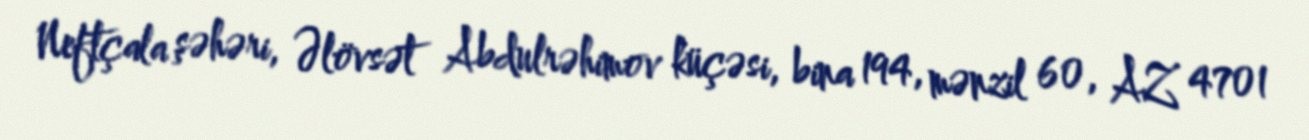
Neftçala şəhəri, Əlövsət Abdulrəhimov küçəsi, bina 194, mənzil 60, AZ 4701